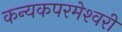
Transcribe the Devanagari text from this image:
कन्‍यकपरमेश्‍वरी